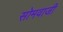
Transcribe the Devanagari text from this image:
सोमवाजी